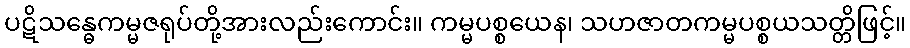
ပဋိသန္ဓေကမ္မဇရုပ်တို့အားလည်းကောင်း။ ကမ္မပစ္စယေန၊ သဟဇာတကမ္မပစ္စယသတ္တိဖြင့်။